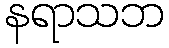
နရာသဘ